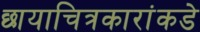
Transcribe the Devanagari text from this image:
छायाचित्रकारांकडे